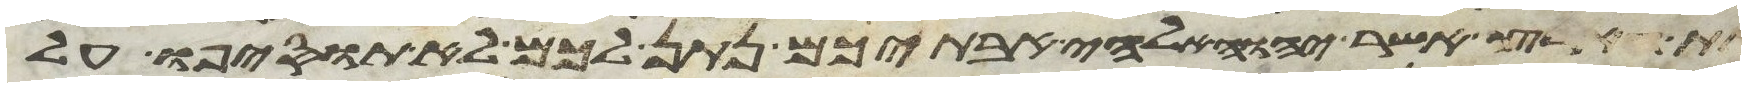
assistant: הארץ אשר יהוה אלהי אבתיכם נתן לכם לא תוסיפו על